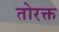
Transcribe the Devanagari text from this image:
तोरक्त